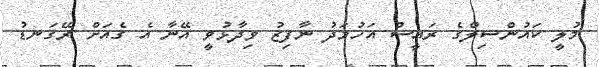
މުލީ ކައުންސިލްގެ ރައީސް އަހުމަދު ނާފިޒު ވިދާޅުވީ އޭނާ އެ ގެއަށް ރޭގަނޑު